Report of the Indian Hemp Drugs Commission, 1894-1895 - Volume VII
Year: 1894
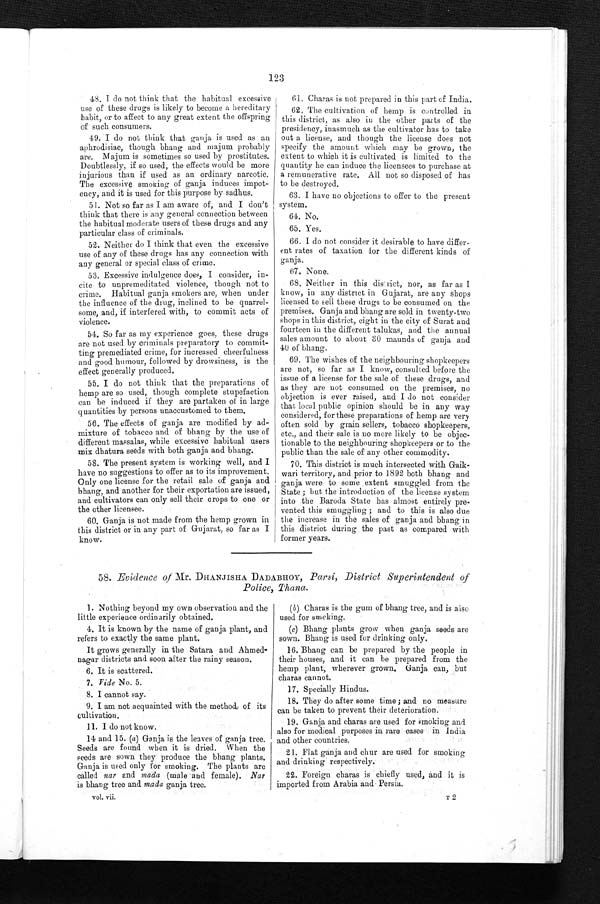
123
48. I do not think that the habitual excessive
u s e o f t h e s e d r u g s i s l i k e l y t o b e c o m e a h e r e d i t a r y
habit, or to affect to any great extent the offspring
o f s u c h c o n s u m e r s .
49. I do not think that ganja is used as an
aphrodisiac, though bhang and majum probably
are. Majum is sometimes so used by prostitutes.
Doubtlessly, if so used, the effects would be more
injurious than if used as an ordinary narcotic.
The excessive smoking of ganja induces impot
-
ency, and it is used for this purpose by sadhus.
51. Not so far as I am aware of, and I don't
think that there is any general connection between
the habitual moderate users of these drugs and any
particular class of criminals.
52. Neither do I think that even the excessive
use of any of these drugs has any connection with
any general or special class of crime.
53. Excessive indulgence does, I consider, in
-
cite to unpremeditated violence, though not to
crime. Habitual ganja smokers are, when under
the influence of the drug, inclined to be quarrel
-
some, and, if interfered with, to commit acts of
violence.
54. So far as my experience goes, these drugs
are not used by criminals preparatory to commit
-
ting premediated crime, for increased cheerfulness
and good humour, followed by drowsiness, is the
effect generally produced.
55. I do not think that the preparations of
hemp are so used, though complete stupefaction
can be induced if they are partaken of in large
quantities by persons unaccustomed to them.
56. The effects of ganja are modified by ad
-
mixture of tobacco and of bhang by the use of
different massalas, while excessive habitual users
mix dhatura seeds with both ganja and bhang.
58. The present system is working well, and I
have no suggestions to offer as to its improvement.
Only one license for the retail sale of ganja and
bhang, and another for their exportation are issued,
and cultivators can only sell their crops to one or
the other licensee.
60. Ganja is not made from the hemp grown in
this district or in any part of Gujarat, so far as I
know.
61. Charas is not prepared in this part of India.
62. The cultivation of hemp is controlled in
this district, as also in the other parts of the
presidency, inasmuch as the cultivator has to take
out a license, and though the license does not
specify the amount which may be grown, the
extent to which it is cultivated is limited to the
quantity he can induce the licensees to purchase at
a remunerative rate. All not so disposed of has
to be destroyed.
63. I have no objections to offer to the present
system.
64. No.
65. Yes.
66. I do not consider it desirable to have differ
-
e n t r a t e s o f t a x a t i o n f o r t h e d i f f e r e n t k i n d s o f
ganja.
67. None.
68. Neither in this district, nor, as far as I
know, in any district in Gujarat, are any shops
licensed to sell these drugs to be consumed on the
premises. Ganja and bhang are sold in twenty-two
shops in this district, eight in the city of Surat and
fourteen in the different talukas, and the annual
sales amount to about 30 maunds of ganja and
40 of bhang.
69. The wishes of the neighbouring shopkeepers
are not, so far as I know, consulted before the
issue of a license for the sale of these drugs, and
as they are not consumed on the premises, no
objection is ever raised, and I do not consider
that local public Opinion should be in any way
considered, for these preparations of hemp are very
often sold by grain sellers, tobacco shopkeepers,
etc., and their sale is no more likely to be objec
-
tionable to the neighbouring shopkeepers or to the
public than the sale of any other commodity.
70. This district is much intersected with Gaik
-
wari territory, and prior to 1892 both bhang and
ganja were to some extent smuggled from the
State ; but the introduction of the license system
into the Baroda State has almost entirely pre
-
vented this smuggling ; and to this is also due
the increase in the sales of ganja and bhang in
this district during the past as compared with
former years.
58. Evidence of Mr. DHANJISHA DADABHOY, Parsi, District Superintendent of
Police, Thana.
1. Nothing beyond my own observation and the
little experience ordinarily obtained.
4. It is known by the name of ganja plant, and
refers to exactly the same plant.
It grows generally in the Satara and Ahmed
-
nagar districts and soon after the rainy season.
6. It is scattered.
7. Vide No. 5.
8 . I c a n n o t s a y .
9. I am not acquainted with the method of its
cultivation.
11. I do not know.
14 and 15. (a ) Ganja is the leaves of ganja tree.
Seeds are found when it is dried. When the
seeds are sown they produce the bhang plants.
Ganja is used only for smoking. The plants are
called nar and mada (male and female). Nar
is bhang tree and mada ganja tree.
vol. vii.
(b) Charas is the gum of bhang tree, and is aise
used for smoking.
( c) Bhang plants grow when ganja seeds are
sown. Bhang is used for drinking only.
16. Bhang can be prepared by the people in
their houses, and it can be prepared from the
hemp plant, wherever grown. Ganja can, but
charas cannot.
17. Specially Hindus.
18. They do after some time ; and no measure
can be taken to prevent their deterioration.
19. Ganja and charas are used for smoking and
also for medical purposes in rare cases in India
and other countries.
21. Flat ganja and chur are used for smoking
and drinking respectively.
22. Foreign charas is chiefly used, and it is
imported from Arabia and Persia.